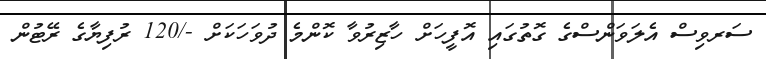
ސަރވިސް އެލަވަންސްގެ ގޮތުގައި އޮފީހަށް ހާޒިރުވާ ކޮންމެ ދުވަހަކަށް -/120 ރުފިޔާގެ ރޭޓުން